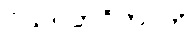
ပိယပ္ပဘဝိကာတိ